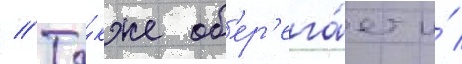
// Та́кже об'ер'ега́ет и́